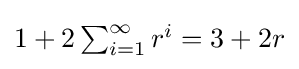
\textstyle 1+2\sum _{i=1}^{\infty }r^{i}=3+2r